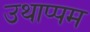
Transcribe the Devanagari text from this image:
उथाप्पम